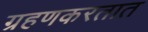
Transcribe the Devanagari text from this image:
ग्रहणकरतात